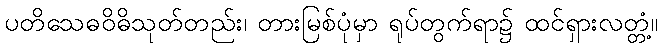
ပတိသေဓဝိဓိသုတ်တည်း၊ တားမြစ်ပုံမှာ ရုပ်တွက်ရာ၌ ထင်ရှားလတ္တံ့။